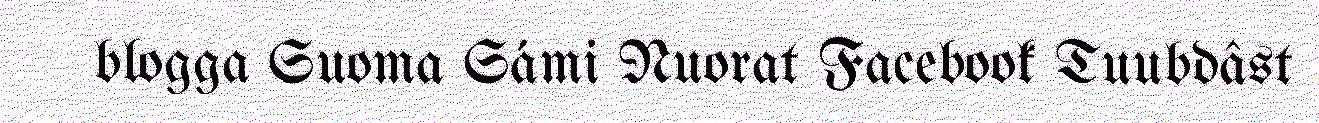
blogga Suoma Sámi Nuorat Facebook Tuubdâst